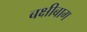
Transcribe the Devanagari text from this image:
बक्षीबाग